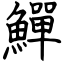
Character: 鱓